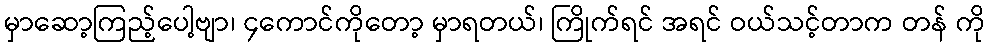
မှာဆော့ကြည့်ပေါ့ဗျာ၊ ၄ကောင်ကိုတော့ မှာရတယ်၊ ကြိုက်ရင် အရင် ဝယ်သင့်တာက တန် ကို